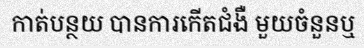
កាត់បន្ថយ បានការកើតជំងឺ មួយចំនួនឬ